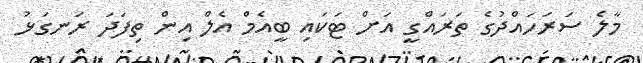
މާލެ ސަރަހައްދުގެ ތަރައްގީ އަށް ޓަކައި ބީއެމް އެލް އިން ތިފަދަ ރަނގަޅު